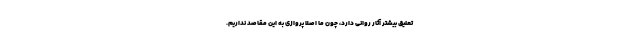
تعلیق بیشتر آثار روانی دارد، چون ما اصلا پروازی به این مقاصد نداریم.